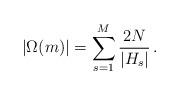
LaTeX: \begin{align*} \left|\Omega(m)\right|=\sum_{s=1}^{M}\frac{2N}{|H_{s}|}\,. \end{align*}